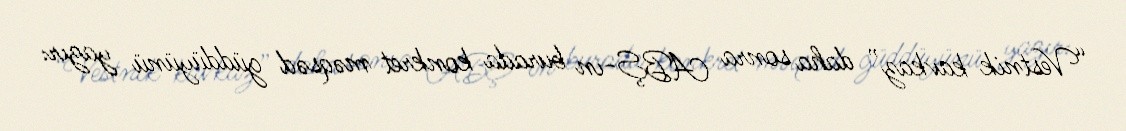
“Vestnik kavkaz” daha sonra ABŞ-ın burada konkret məqsəd güddüyünü yazır: